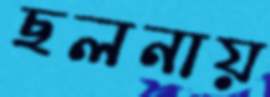
ছলনায়